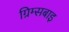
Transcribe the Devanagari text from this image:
ग्रिम्सबाइ